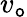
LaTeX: v_{\mathtt{o}}